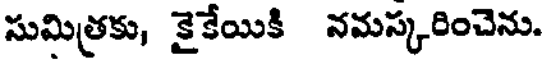
సుమిత్రకు, కైకేయికి నమస్కరించెను.